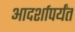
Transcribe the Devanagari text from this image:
आदर्शापर्यंत